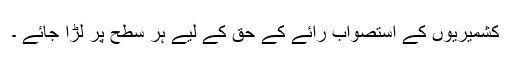
کشمیریوں کے استصواب رائے کے حق کے لیے ہر سطح پر لڑا جائے ۔